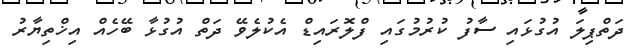
ދަތްޕިލަ އުގުޅައި ސާފު ކުރުމުގައި ފްލޮރައިޑް އެކުލެވޭ ދަތް އުގުޅާ ބޭހެއް އިޚްތިޔާރު